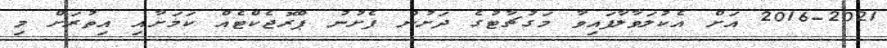
2016-2021 އަށް އެކުލަވާލާފައިވާ މަގުޗާޓުގެ ދަށުން ފެށުނު ޕްރޮޖެކްޓެއް ކަމަށާއި އިތުރަށް މި